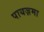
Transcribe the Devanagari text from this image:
पायज़मा